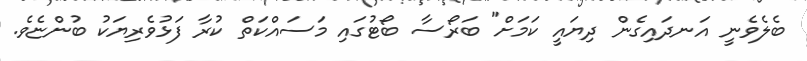
ބެލެވެނީ އަނދައިގެން ދިޔައީ ކަމަށް" ބަރޯސާ ބޯޓުގައި މަސައްކަތް ކުރާ ފަޅުވެރިޔަކު ބުންޏެވެ.